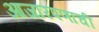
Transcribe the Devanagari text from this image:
आजारपणाची